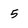
Character: 5